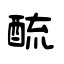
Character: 酼